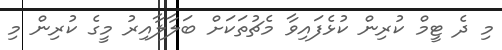
މި ދެ ޓީމް ކުރިން ކުޅެފައިވާ މެޗުތަކަށް ބަލާލާއިރު މީގެ ކުރިން މި